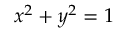
x ^ { 2 } + y ^ { 2 } = 1